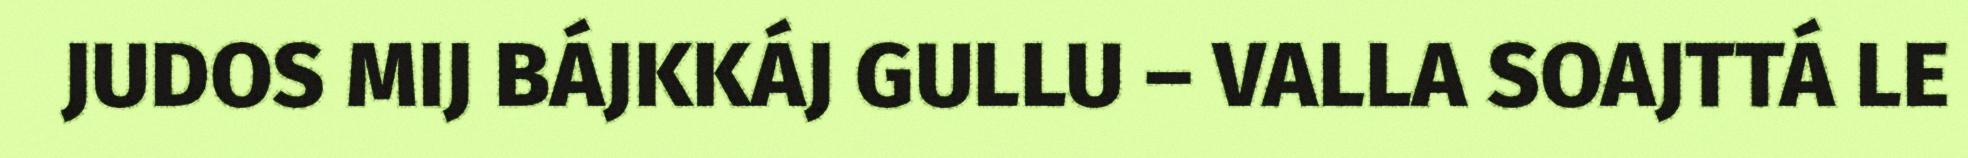
JUDOS MIJ BÁJKKÁJ GULLU – VALLA SOAJTTÁ LE